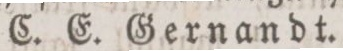
C. E. Gernandt.